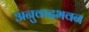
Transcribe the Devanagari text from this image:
अनुवादभवन